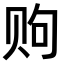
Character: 𫎧